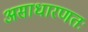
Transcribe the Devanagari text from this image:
असाधारणतः